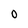
Character: O